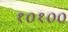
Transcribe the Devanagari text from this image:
१०१००